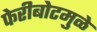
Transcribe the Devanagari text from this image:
फेरीबोटमुळे